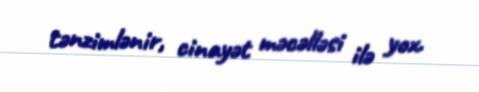
tənzimlənir, cinayət məcəlləsi ilə yox.